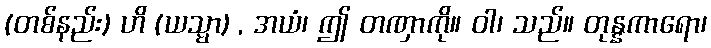
(တစ်နည်း) ဟိ (ယသ္မာ) , အယံ၊ ဤ တဏှာကို။ ဝါ၊ သည်။ တုန္နကာရော၊